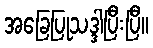
အခြေပြုသဒ္ဒါပြီးပြီ။